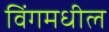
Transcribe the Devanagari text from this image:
विंगमधील